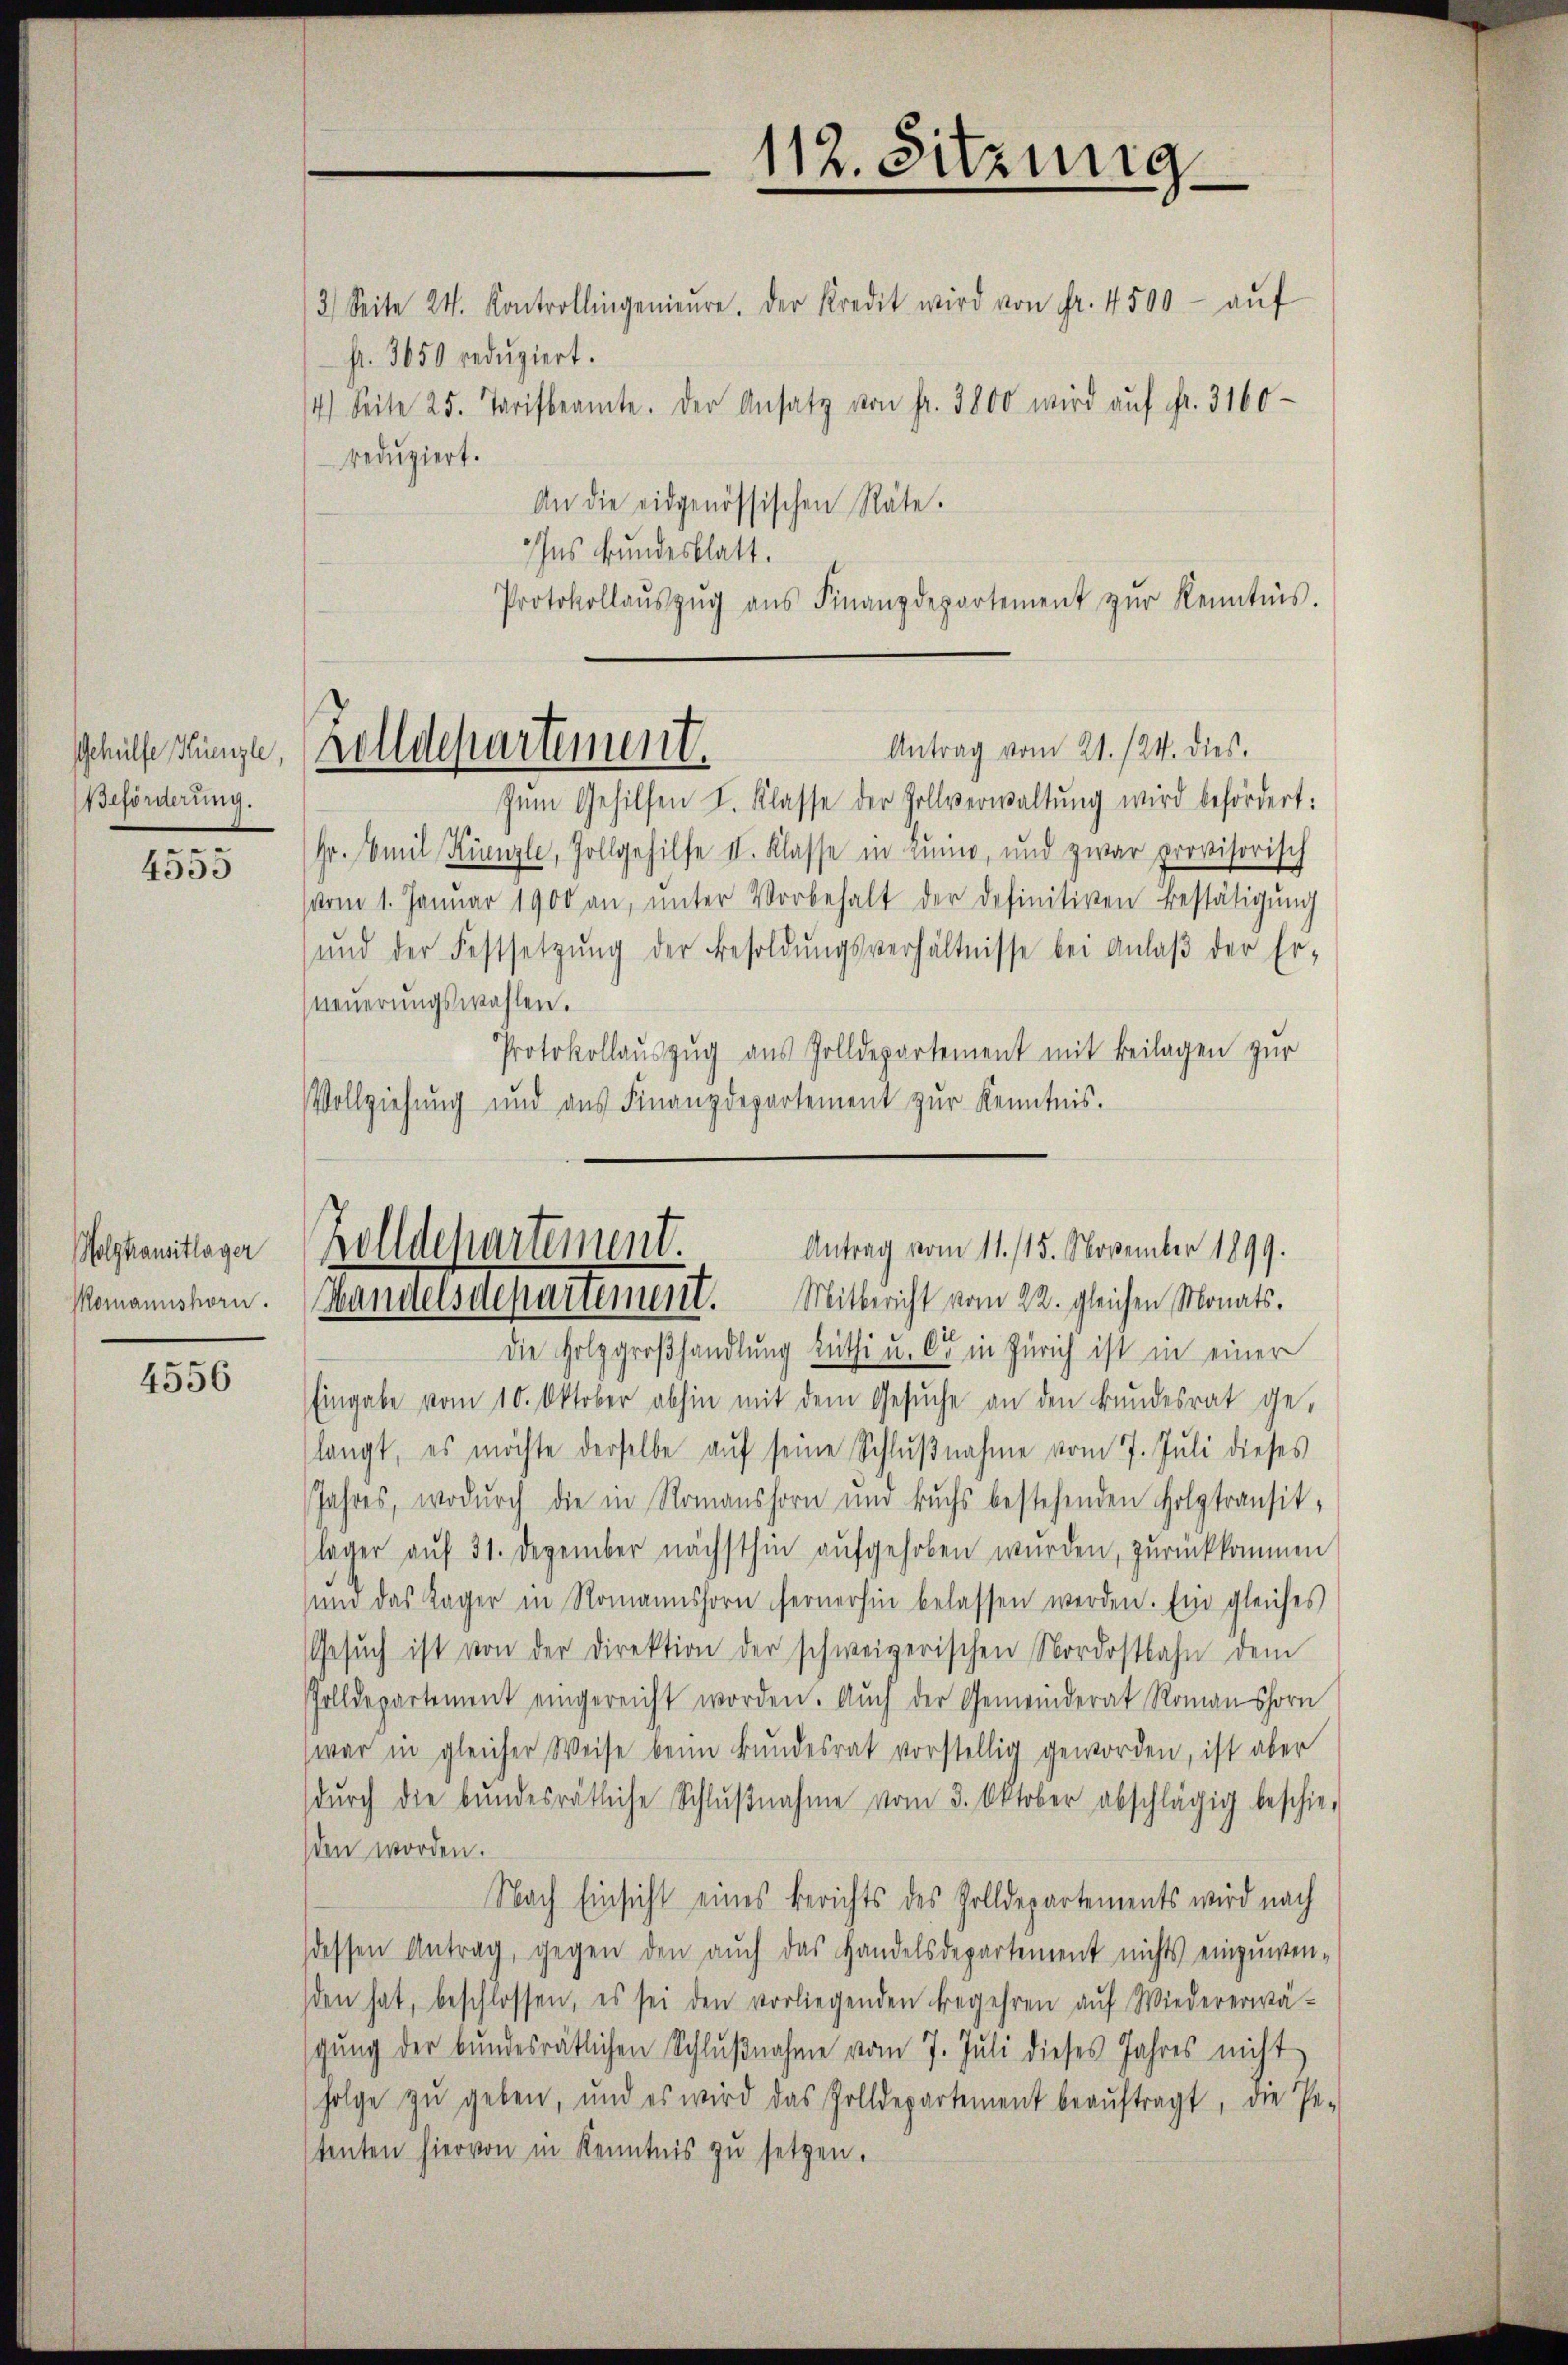
Gehülfe Krenzle,
Beförderung.
.

4555

Holzhausitlager
Momannshorn.

4556

3) Seite 24. Kontrollingenieŭre. Der Kredit wird von Fr. 4500- aŭf
fr. 3650 redŭziert.
4) Seite 25. Tarifbeamte. Der Ansatz von fr. 3800 wird aŭf fr. 3160
reduziert.
An die eidgenössischen Räte.
Ins Bundesblatt.
Protokollaŭszŭg aŭs Finanzdepartement zŭr Kenntnis.
Antrag vom 21. 124. dies
zŭm Gehilfen I. Klasse der Zollverwaltŭng wird befördert:
Gr. Emil Kinzli, Zollgehilfe I. Klasse in Luino, und zwar provisorisch
vom 1. Januar 1900 an, ŭnter Vorbehalt der definitiven Bestätigŭng
ŭnd der Festsetzŭng der Besoldŭngsverhältnisse bei Anlaβ der Er-
(neuerungswahlen.
Protokollauszug aus Zolldepartement mit Beilagen zur
Vollziehung und aus Finanzdepartement zur Kenntnis.
Zolldchartement.
Antrag vom 11. 115. November 1899.
Mitbericht vom 22. gleichen Monats¬
Handelsdepartement.
Die Holzgroßhandlung Rüti u. Cie in Zürich ist in einer
Eingabe vom 10. Oktober abhin mit dem Gesŭche an den Bundesrat ge-
slangt, es möchte derselbe auf seine Schlŭβnahme vom 7. Juli dieses
Jahres, wodurch die in Romanshorn und Buchs bestehenden Holztransit,
lager auf 31. Dezember nächsthin aufgehoben wurden, zurückkommen
und das Lager in Romannshorn fernerhin belassen werden. Ein gleiches
Gesŭch ist von der Direktion der schweizerischen Nordostbahn dem
Zolldepartement eingereicht worden. Auch der Gemeinderat Romanshorn
war in gleicher Weise beim Bundesrat vorstellig geworden, ist aber
durch die bundesrätliche Schlŭβnahme vom 3. Oktober abschlägig beschie
sden worden.
Nach Einsicht eines Berichts des Zolldepartements wird nach
dessen Antrag, gegen den auch das Handelsdepartement nichts einzuwen-
den hat, beschlossen, es sei den vorliegenden begehren aŭf Wiedererwä-
schung der bundesrätlichen Schlußnahme vom 7. Juli dieses Jahres nicht
folge zu geben, und es wird das Zolldepartement beaŭftragt, die Pe
tenten hiervon in Kenntnis zŭ setzen.

Zolldepartement.

112. Sitzung.

t